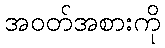
အဝတ်အစားကို